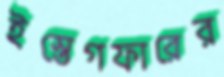
ইস্তেগফারের